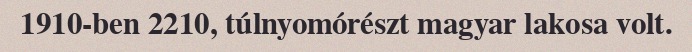
1910-ben 2210, túlnyomórészt magyar lakosa volt.